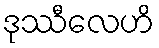
ဒုဿီလေဟိ